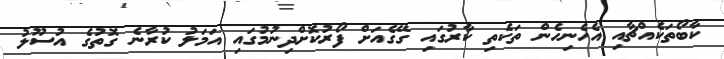
ކާބޯތަކެއްޗާއި އެހެނިހެން ތަކެތި ކާރުގައި ގޭގެއަށް ފޯރުކޮށްދިނުމުގައި އަމަލު ކުރާނެ ގޮތުގެ އުސޫލު